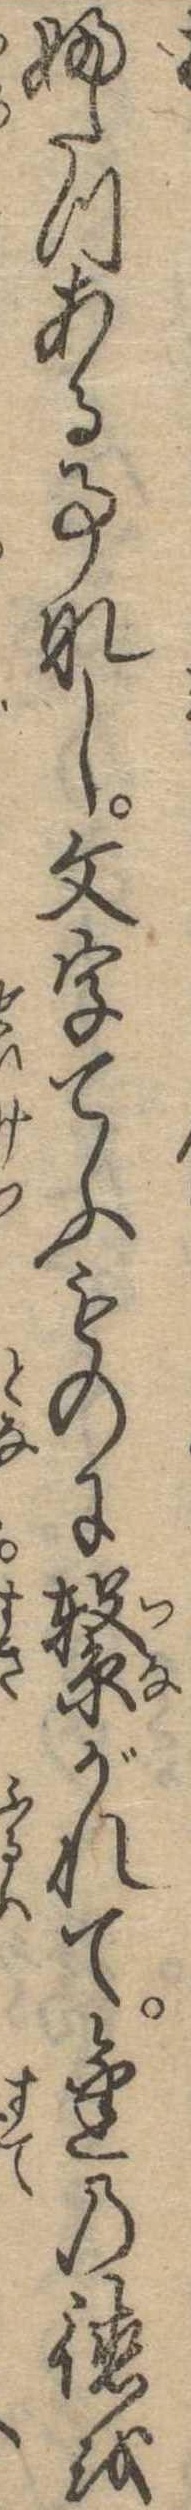
ふたつある事なし文字てふものに繋がれて金の徳を